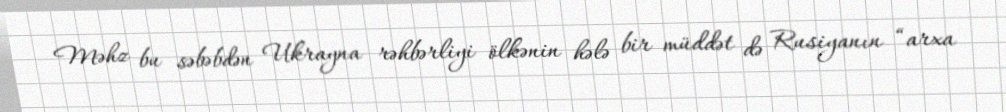
Məhz bu səbəbdən Ukrayna rəhbərliyi ölkənin hələ bir müddət də Rusiyanın “arxa